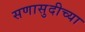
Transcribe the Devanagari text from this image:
सणासुदीच्या